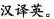
汉译英。